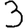
Digit: 3